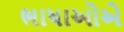
ભાષાઓએ